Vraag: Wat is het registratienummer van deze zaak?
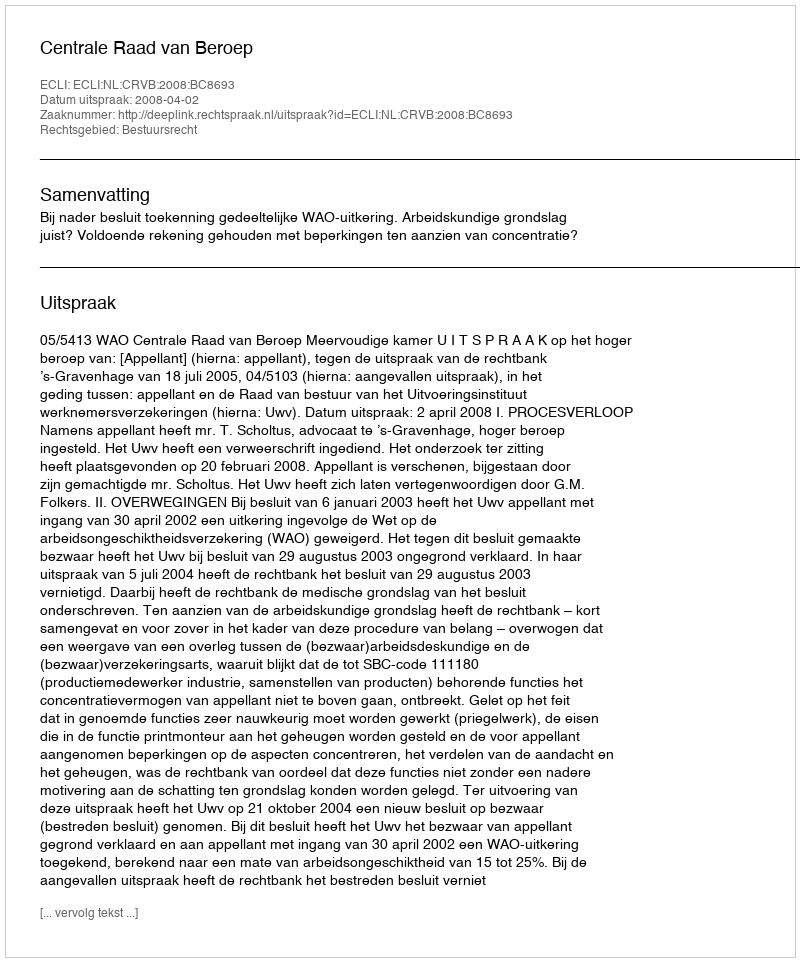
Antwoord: http://deeplink.rechtspraak.nl/uitspraak?id=ECLI:NL:CRVB:2008:BC8693